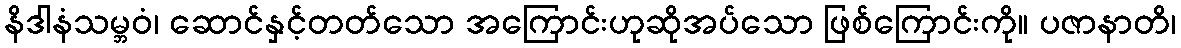
နိဒါနံသမ္ဘဝံ၊ ဆောင်နှင့်တတ်သော အကြောင်းဟုဆိုအပ်သော ဖြစ်ကြောင်းကို။ ပဇာနာတိ၊